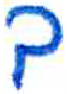
אות: ב